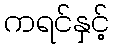
ကရင်နှင့်